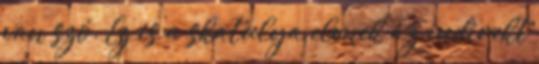
van szó. Ez is a skatulya elvnek az indirekt